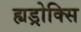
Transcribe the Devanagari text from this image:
ह्यड्रोक्सि